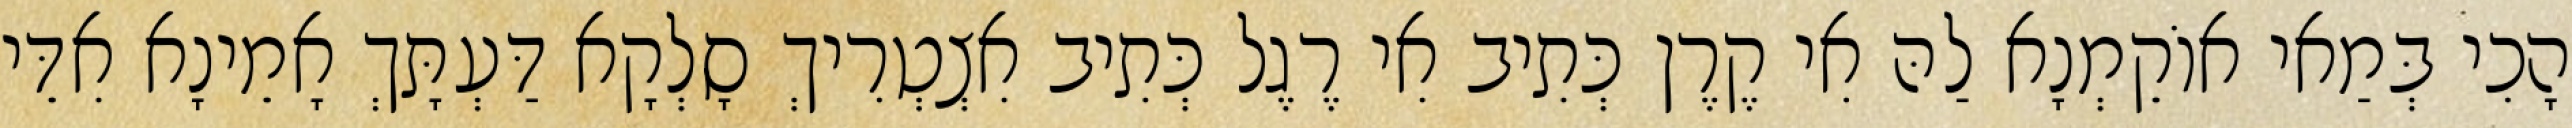
הָכִי בְּמַאי אוֹקֵמְנָא לַהּ אִי קֶרֶן כְּתִיב אִי רֶגֶל כְּתִיב אִצְטְרִיךְ סָלְקָא דַּעְתָּךְ אָמֵינָא אִדֵּי